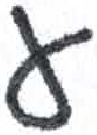
אות: ע